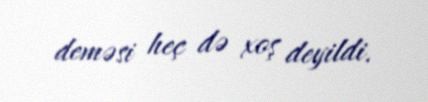
deməsi heç də xoş deyildi.